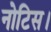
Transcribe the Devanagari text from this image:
नोटिस।